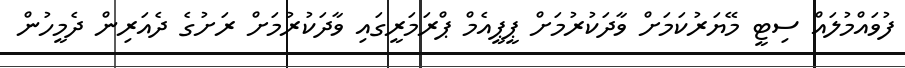
ފުވައްމުލައް ސިޓީ މޭޔަރުކަމަށް ވާދަކުރުމަށް ޕީޕީއެމް ޕްރަމަރީގައި ވާދަކުރުމަށް ރަށުގެ ދެއަރިން ދެމީހުން